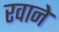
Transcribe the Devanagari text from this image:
रवाने